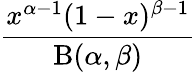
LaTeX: \frac{x^{\alpha-1}(1-x)^{\beta-1}}{\mathrm{B}(\alpha,\beta)}